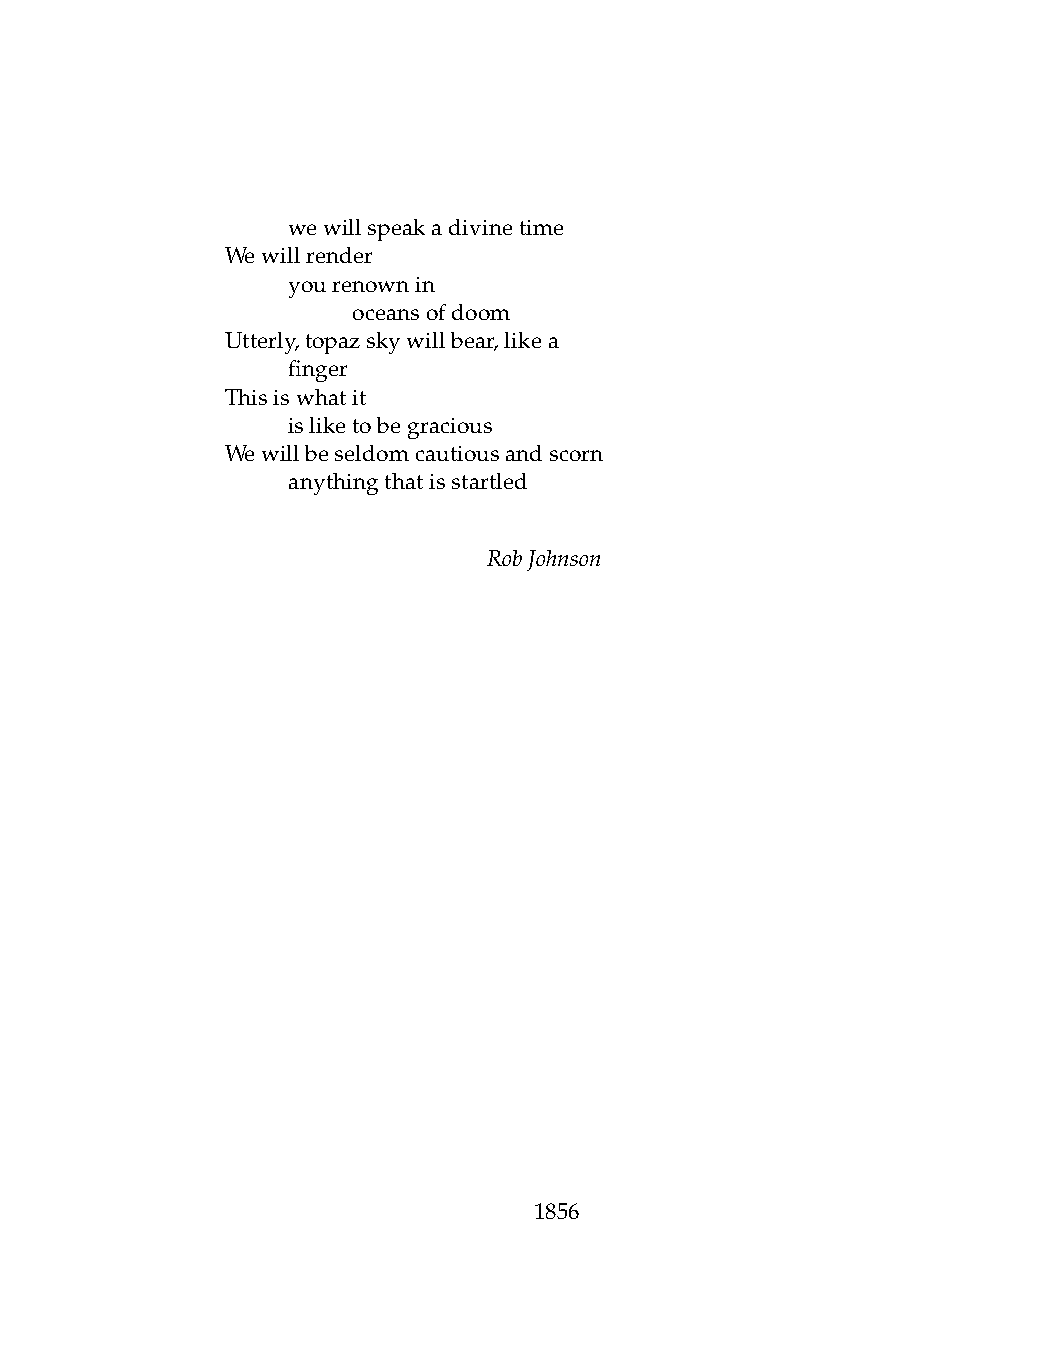
.   wewillspeakadivinetime
 Wewillrender
 .   yourenownin
 .   .   oceansofdoom
 Utterly,topazskywillbear,likea
 .   finger
 Thisiswhatit
 .   isliketobegracious
 Wewillbeseldomcautiousandscorn
 .   anythingthatisstartled
 RobJohnson
 1856